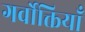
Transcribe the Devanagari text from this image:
गर्वोक्तियाँ